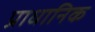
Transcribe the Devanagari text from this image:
प्राधानिक